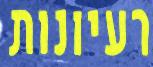
רעיונות